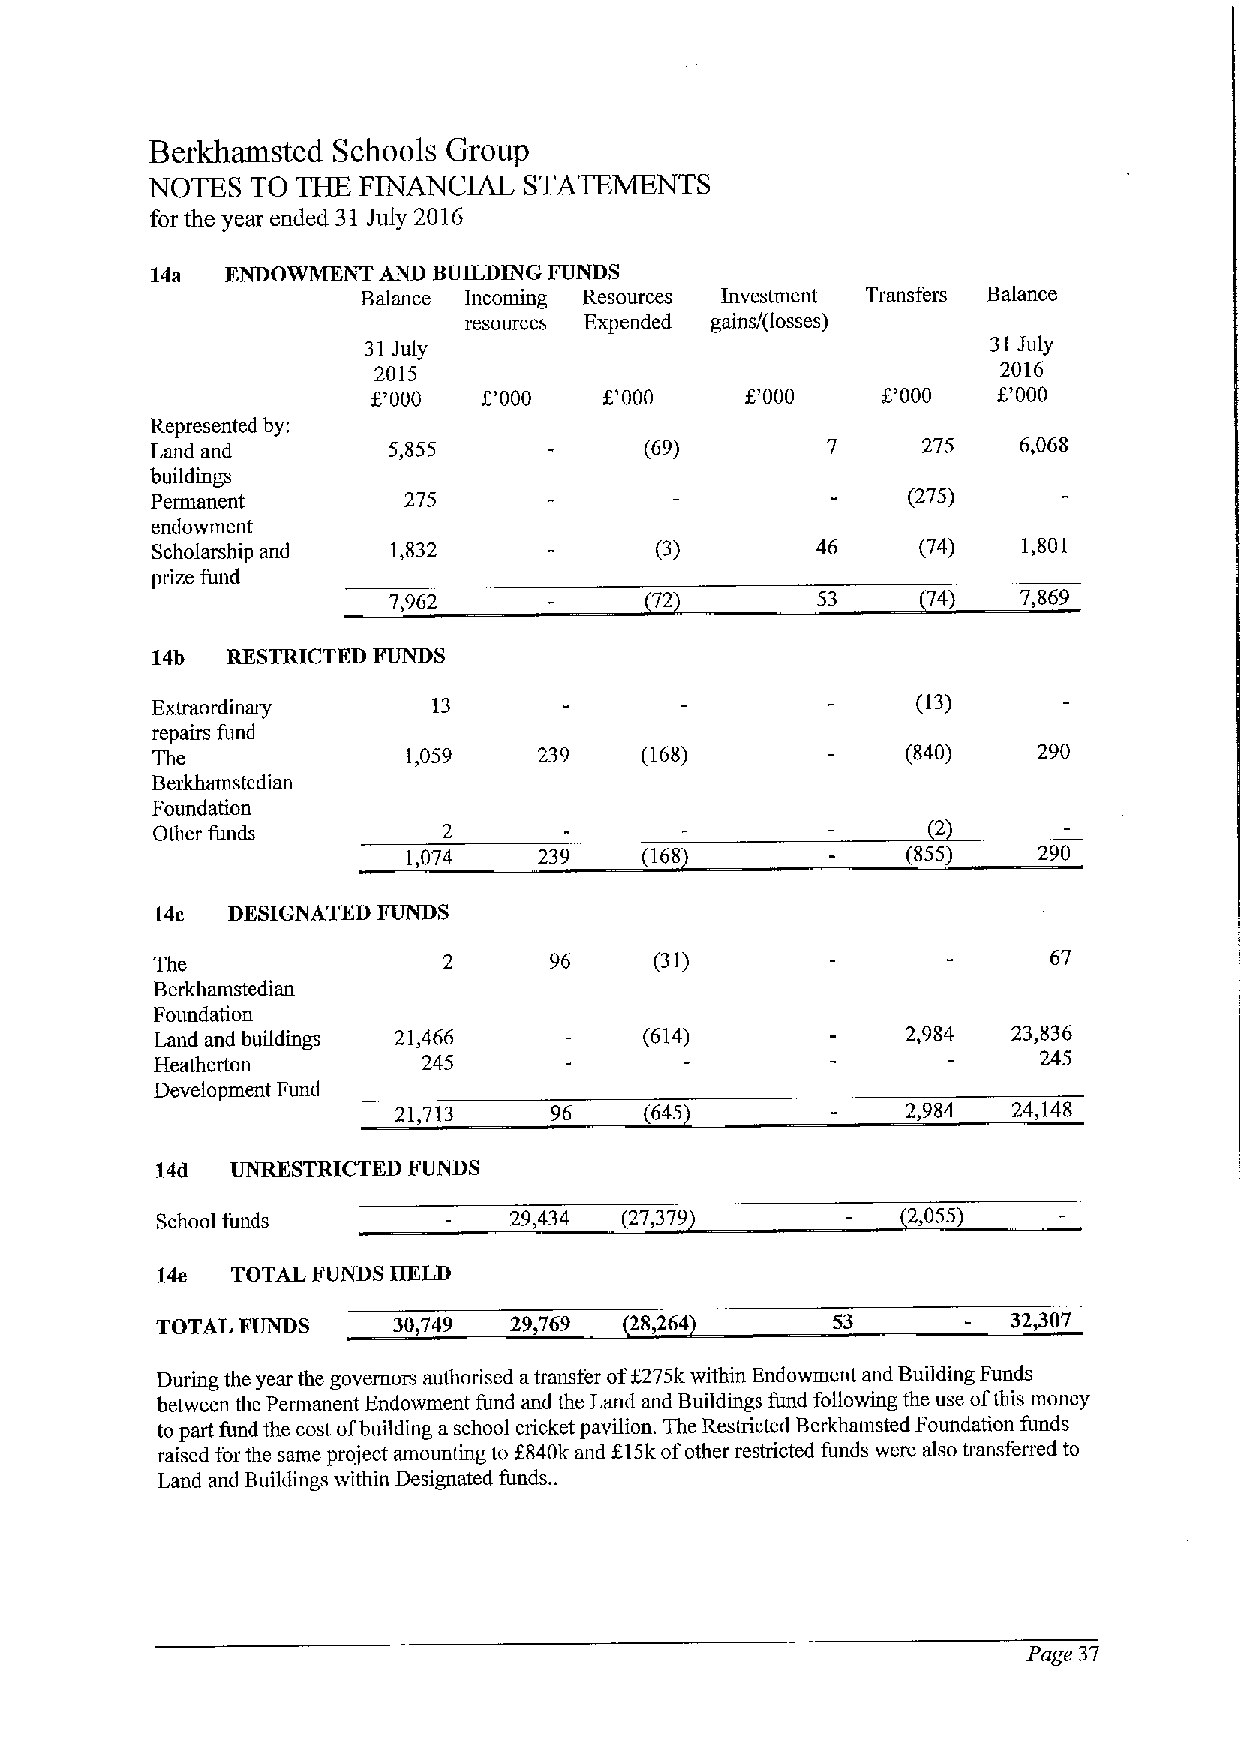
Berkhamsted Schools Group
 NOTES  TO THE FINANCIAL  STATEMENTS
 for the year ended 31 July 2016
 14a  ENDOWMENT AND BUILDING FUNDS
 Balance Incoming Resources Investment Transfers Balance
 resources Expended gains/(losses)
 31July                                    31July
 2015                                     2016
 6'000  I,'000           f.'000   I'000   f,'000
 Represented by;
 Land and        5,855            (69)              275   6,068
 buildings
 Permanent        275                              (275)
 endowment
 Scholarship and 1,832            (3)        46     (74)   1,801
 prize fund
 7,962            72         53     74)    7,869
 14b  RESTRICTED FUNDS
 Extraordinary      13                              (13)
 repairs fund
 The              1,059    239   (168)             (840)    290
 Berkhamstedian
 Foundation
 Other funds
 1,074    239    (168             855)     290
 14c  DESIGNATED FUNDS
 The                       96     (3])                       67
 Berkhamstedian
 Foundation
 Land and buildings 21,466        (614)            2,984  23,836
 Heatherton        245                                      245
 Development Fund
 21,713    96     (645             2,984  24,148
 14d  UNRESTRICTED FUNDS
 School funds            29,434 (27,379            2,055)
 14e  TOTAL FUNDS HELD
 TOTAL FUNDS     30,749  29,769  28/64        53          32,307
 During the year the governors authorised atransfer ofI275k within Endowment and Building Funds
 between the Permanent Endowment fund and the Land and Buildings fund following the use ofthis money
 to part fund the cost ofbuilding aschool cricket pavilion. The Restricted Berkhamsted Foundation funds
 raised for the same project amounting to f840k and f 15kofother restricted funds were also transferred to
 Land and Buildings within Designated funds. .
 Page 37